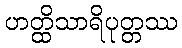
ဟတ္ထိသာရိပုတ္တဿ